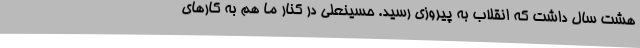
هشت سال داشت که انقلاب به پیروزی رسید. حسینعلی در کنار ما هم به کارهای